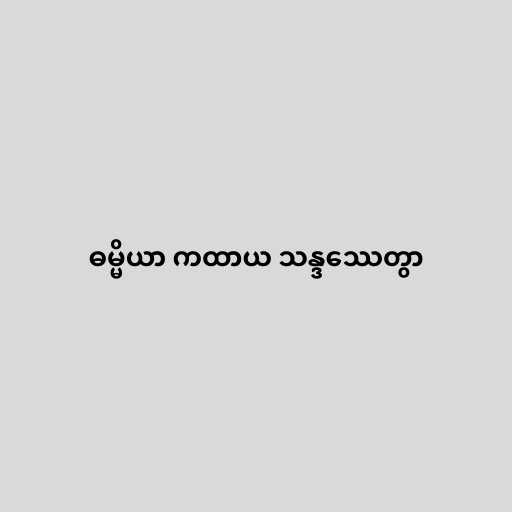
ဓမ္မိယာ ကထာယ သန္ဒဿေတွာ